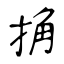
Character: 捔